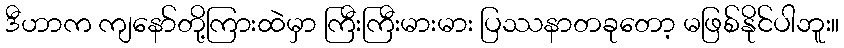
ဒီဟာက ကျနော်တို့ကြားထဲမှာ ကြီးကြီးမားမား ပြဿနာတခုတော့ မဖြစ်နိုင်ပါဘူး။